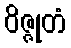
ဝိဇ္ဇုတံ